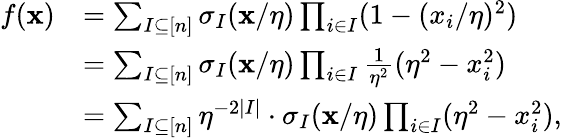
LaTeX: \begin{array}{rl}{f(\mathbf{x})}&{=\sum_{I\subseteq[n]}\sigma_{I}(\mathbf{x}/\eta)\prod_{i\in I}(1-(x_{i}/\eta)^{2})}\\ &{=\sum_{I\subseteq[n]}\sigma_{I}(\mathbf{x}/\eta)\prod_{i\in I}\frac{1}{\eta^{2}}(\eta^{2}-x_{i}^{2})}\\ &{=\sum_{I\subseteq[n]}\eta^{-2|I|}\cdot\sigma_{I}(\mathbf{x}/\eta)\prod_{i\in I}(\eta^{2}-x_{i}^{2}),}\end{array}